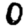
Digit: 0